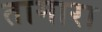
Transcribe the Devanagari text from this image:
तामारा